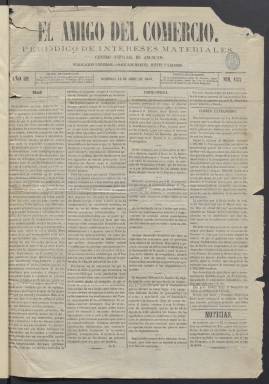
Título: El Amigo del comercio
Colección: Periódicos
Ámbito geográfico: Madrid
Lugar de publicación: Madrid
Fechas: 19/04/1863-20/06/1863

Publicación madrileña enfocada a la información comercial que llevaba por subtítulos los de Periódico de intereses materiales y Centro especial de anuncios. Salía tres veces por semana y se editó desde 1860 hasta junio de 1863 cuando fue continuado por otro de parecidas características titulado La Civilización.

  La prensa de intereses materiales, que era la que se ocupaba de temas económicos, apareció en la década de 1860 coincidiendo con el inicio del periodismo empresarial representado por La Correspondencia de España.  Se trataba de unas cabeceras menos partidistas y que buscaban el beneficio económico con la información y la publicidad de todo tipo de negocios, entre los que sobresalían los anuncios de cajas de ahorro, sociedades de crédito y sociedades de seguros.

  El Amigo del comercio estaba dirigido por el abogado Fernando Moreno y Solano, que era también promotor inmobiliario como gerente de la Sociedad Casa de Consignaciones de Capitales. El periódico tenía las secciones habituales de cualquier otro medio del momento, pero se ocupaba con frecuencia de temas mercantiles, industriales, de sociedades o de inventos.

  En cuanto a su estructura de contenido contaba con una sección de información oficial y otras de noticias del extranjero y partes telegráficos, noticias de provincias y de la capital, cotización de Bolsa y cambios, mercados nacionales, gacetilla religiosa y por último información teatral. No faltaba tampoco el clásico folletín.

  Con cuatro páginas por número, El Amigo del comercio se jactaba de ser el más barato de España. No solo en la venta del ejemplar sino en el precio de las inserciones publicitarias.  Además, los anunciantes recibían el periódico gratis mientras mantuviesen el anuncio.

  En los últimos números de junio de 1863 El Amigo del comercio avisaba en portada que deseando ampliar la esfera de sus inquietudes y dar más cabida a los contenidos culturales cambiaría su nombre al de La Civilización, aunque recordaba que en su trayectoria no solo se había ocupado de temas comerciales o económicos.

  La colección de la Biblioteca Nacional de España de este título está muy incompleta. La BNE posee los últimos números desde abril a junio de 1863, pero no tiene nada de los años anteriores.

  Para tener una cabal comprensión de este tipo de prensa es útil leer el trabajo publicado en el año 2000 en la revista Sémata de Ciencias Sociais e Humanidades por José Carlos Rueda Laffond y Soraya Barbero Ollero titulado: ’Empresas financieras y publicidad comercial en el Madrid isabelino, 1861-1866)’.

[Descripción publicada el 20/09/2024]